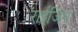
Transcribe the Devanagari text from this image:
राईजिंग